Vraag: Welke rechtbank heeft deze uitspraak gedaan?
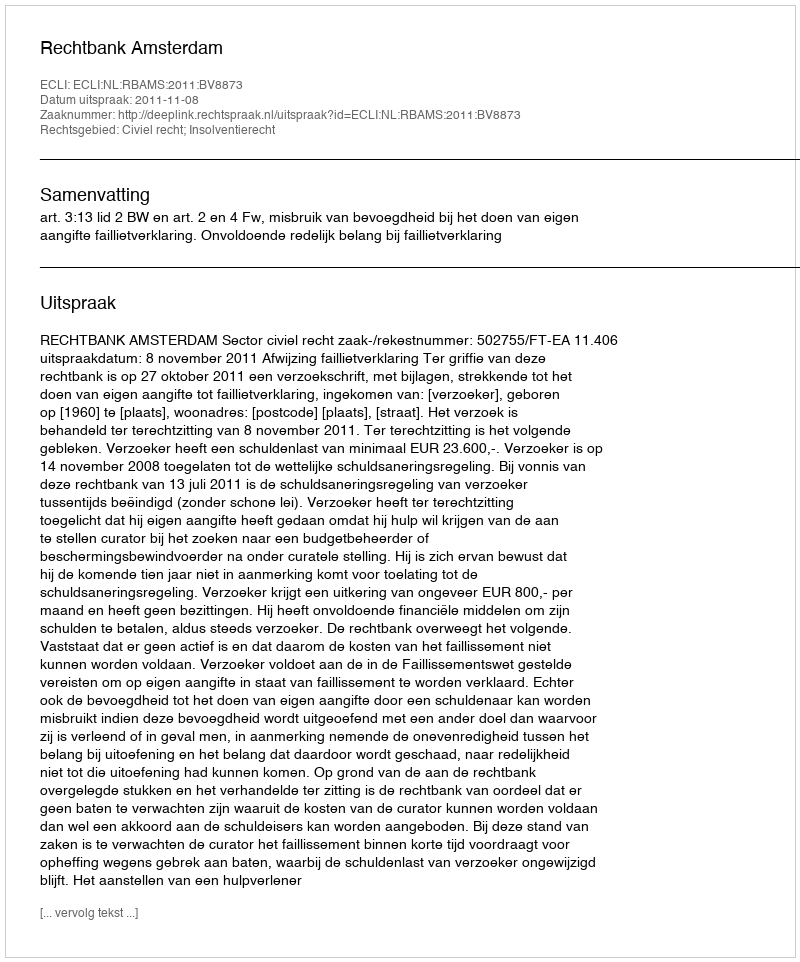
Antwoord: Rechtbank Amsterdam